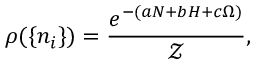
\rho ( \{ n _ { i } \} ) = \frac { e ^ { - ( a N + b H + c \Omega ) } } { \mathcal { Z } } ,